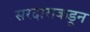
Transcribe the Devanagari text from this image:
सरदाराकडून